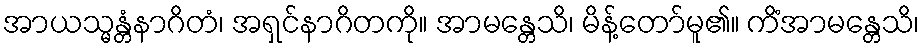
အာယသ္မန္တံနာဂိတံ၊ အရှင်နာဂိတကို။ အာမန္တေသိ၊ မိန့်တော်မူ၏။ ကိံအာမန္တေသိ၊